Kassari_(Keina)_vallavalitsus, lk 21
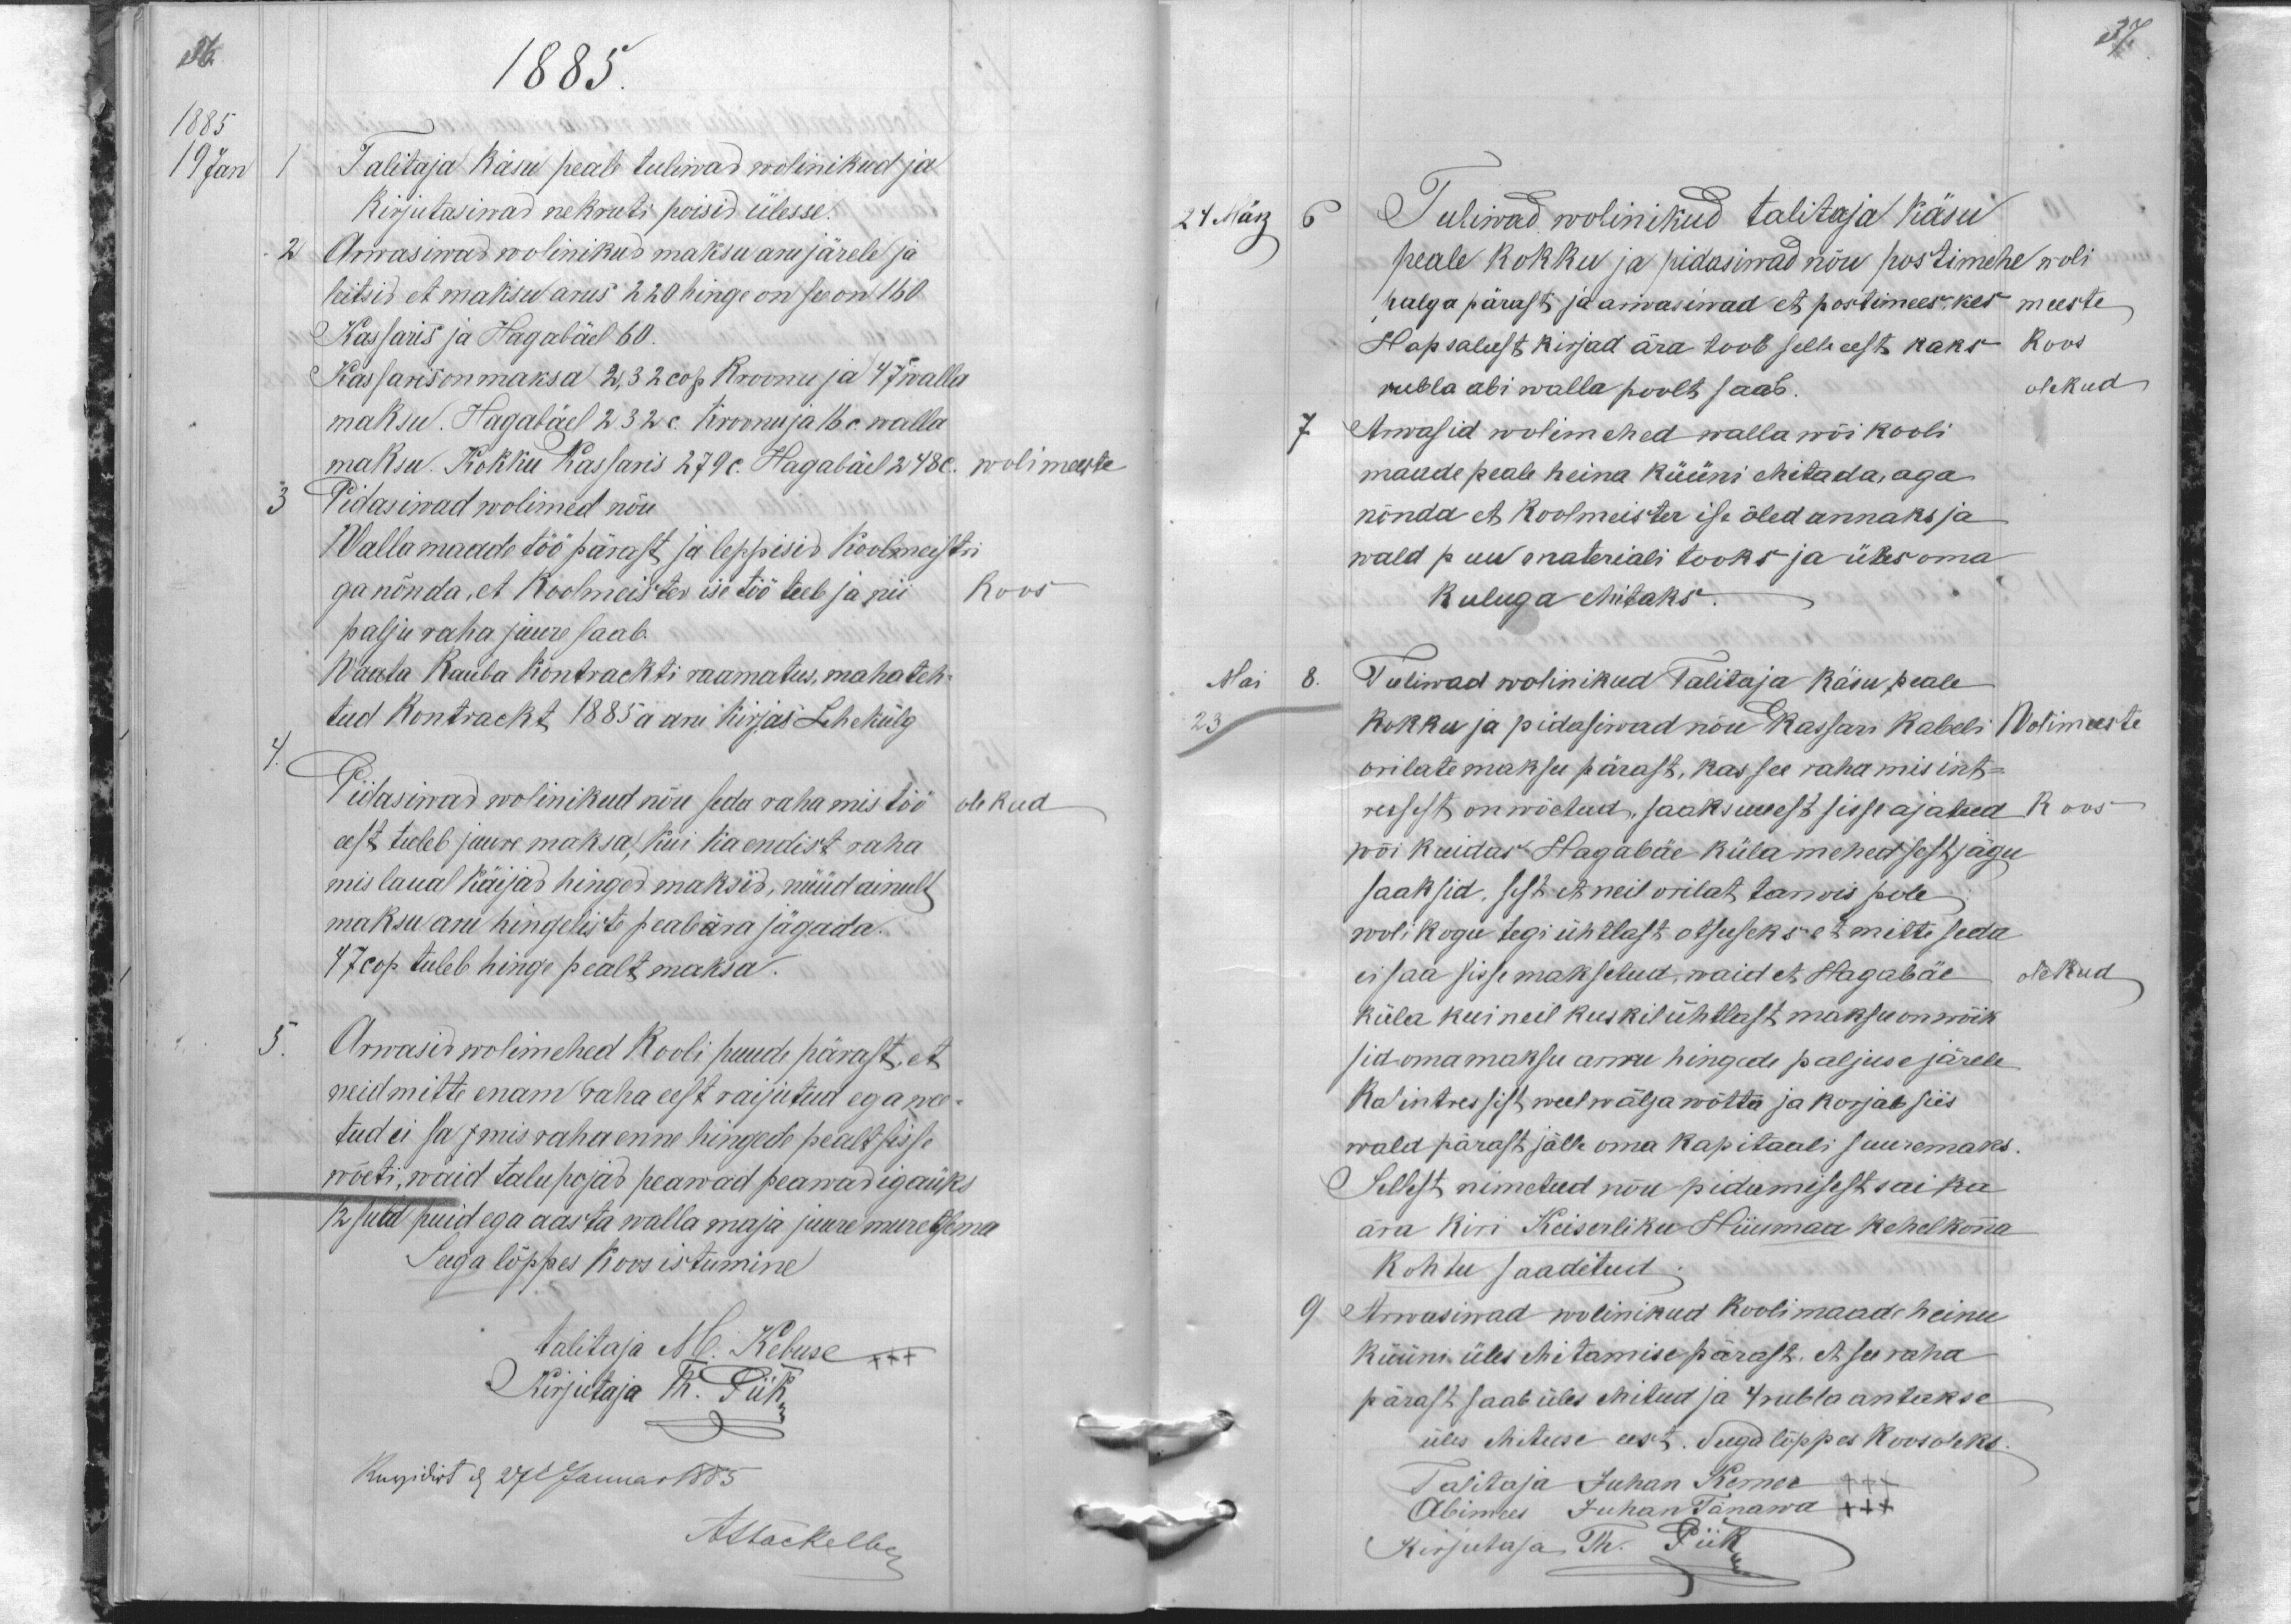
37.

36.
1885
1885
19 Jan
1 Talitaja käsu peale tuliwad wolinikud ja
kirjutasiwad nekruti poisid ülesse.
2
Arwasiwad wolinikud maksu aru järele ja
leitsid et maksu arus 220 hinge on see on 160
Kassaris ja Hagabäel 60.
Kassaris on maksa 2,32 cop Kroonu ja 47 walla
maksu. Hagabäel 232 c. Kroonu ja 16 c. walla
maksu. Kokku Kassaris 279 c. Hagabäel 248 C. wolimeeste
3
Pidasiwad wolimed nõu
Walla maade töö pärast ja leppisid Koolmeistri
ga nõnda, et Koolmeister ise töö teeb ja nii koos
palju raha juure saab.
Waata Kauba Kontrackti raamatus, mahateh-
tud Kontrackt 1885 a aru kirjas Lehekülg
4.
Pidasiwad wolinikud nõu seda raha mis töö
olekud
eest tuleb juure maksa, kui ka endist raha
mis laual käijad hinged maksid, nüüd ainult
maksu aru hingeliste peale ära jägada.
47 cop tuleb hinge pealt maksa.
5.
Arwasid wolimehed Kooli puude pärast, et
neid mitte enam raha eest raijutud ega wee-
tud ei sa mis raha enne hingede pealt sisse
wõeti, waid talupojad peawad peawad igaüks
12 süld puid ega aasta walla maja juure muretsema
Seega lõppes koos istumine
talitaja M. Kebuse +++
Kirjutaja Th. Piik
Revidirt d. 27 Januar 1885
AStackelberg

24 März
6
Tuliwad wolinikud talitaja käsu
peale kokku ja pidasiwad nõu postimehe woli
palga pärast ja arwasiwad et postimees, kes meeste
Hapsalust kirjad ära toob selle eest kaks koos
rubla abi walla poolt saab.
olekud
7
Arwasid wolimehed walla wõi kooli
maade peale heina küüni ehitada, aga
nõnda et Koolmeister ise õled annaks ja
wald puu materiali tooks ja üles oma
kuluga ehitaks.
Mai 8.
Tuliwad wolinikud Talitaja käsu peale
kokku ja pidasiwad nõu Kassari kabeli Wolimeeste
23
orilate maksu pärast, kas see raha mis int-
ressest on wõetud, saaks uuest sisse ajatud koos
wõi kuidas Hagabäe küla mehed sest jägu
saaksid, sest et neil orilat tarwis pole
wolikogu tegi ühtlast otsuseks et mitte seda
ei saa sisse maksetud, waid et Hagabäe
olekud
küla kui neil kuskil ühtlast maksu on wõik
sid oma maksu arwu hingede paljuse järele
ka intressist weel wälja wõtta ja korjab siis
wald pärast jälle oma kapitaali suuremaks.
Sellest nimetud nõu pidamisest sai ka
ära kiri Keiserliku Hiiumaa kehelkonna
kohtu saadetud
9 Arwasiwad wolinikud koolimaade heinu
küüni üles ehitamise pärast, et see raha
pärast saab üles ehitud ja 4 rubla antakse
üles ehituse eest. Seega lõppes koosolekk
Talitaja Juhan Kerner +++
Abimees Juhan Tänawa +++
Kirjutaja Th. Piik